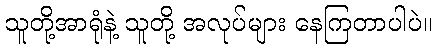
သူတို့အာရုံနဲ့ သူတို့ အလုပ်များ နေကြတာပါပဲ။